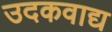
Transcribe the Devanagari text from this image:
उदकवाद्य